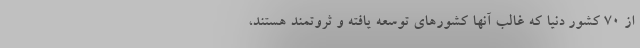
از 70 کشور دنیا که غالب آنها کشورهای توسعه یافته و ثروتمند هستند،